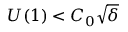
U ( 1 ) < C _ { 0 } \sqrt { \delta }